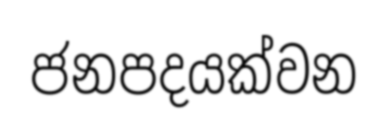
ජනපදයක්වන